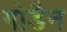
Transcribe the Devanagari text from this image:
गोडैन